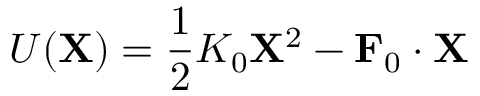
U ( \mathbf { X } ) = \frac { 1 } { 2 } K _ { 0 } \mathbf { X } ^ { 2 } - \mathbf { F } _ { 0 } \cdot \mathbf { X }